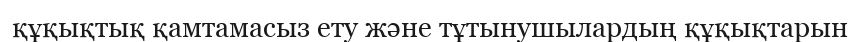
құқықтық қамтамасыз ету және тұтынушылардың құқықтарын